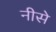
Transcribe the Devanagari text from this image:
नीसे